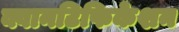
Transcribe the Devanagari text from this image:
क्वानटिफिकेशन